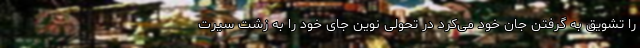
را تشویق به گرفتن جان خود می‌کرد در تحولی نوین جای خود را به زشت سیرت